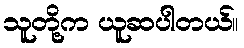
သူတို့က ယူဆပါတယ်။